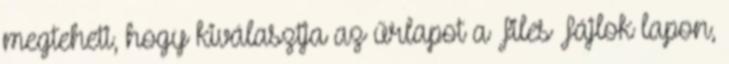
megteheti, hogy kiválasztja az űrlapot a Files Fájlok lapon,